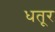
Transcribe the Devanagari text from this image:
धतूर